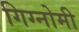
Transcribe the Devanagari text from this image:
गिग्नोमी